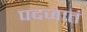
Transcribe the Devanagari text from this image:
पदजातं